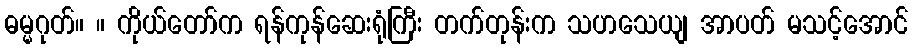
ဓမ္မဂုတ်။ ။ ကိုယ်တော်က ရန်ကုန်ဆေးရုံကြီး တက်တုန်းက သဟသေယျ အာပတ် မသင့်အောင်